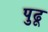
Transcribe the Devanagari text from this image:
पुढू